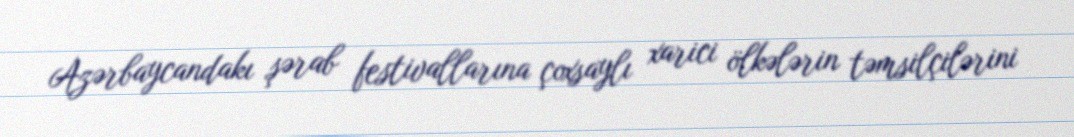
Azərbaycandakı şərab festivallarına çoxsaylı xarici ölkələrin təmsilçilərini